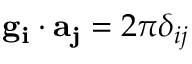
\mathbf { g _ { i } } \cdot \mathbf { a _ { j } } = 2 \pi \delta _ { i j }